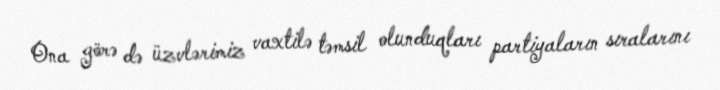
Ona görə də üzvlərimiz vaxtilə təmsil olunduqları partiyaların sıralarını